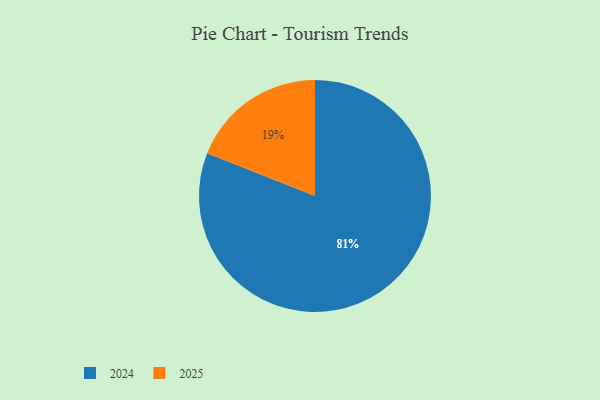
{"axis": {"x": "Category", "y": "Percentage"}, "legend": ["2024", "2025"], "data": [{"x": "2024", "y": 81, "type": "2024"}, {"x": "2025", "y": 19, "type": "2025"}]}